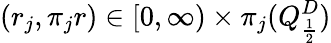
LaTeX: (r_{j},\pi_{j}r)\in[0,\infty)\times\pi_{j}(Q_{\frac{1}{2}}^{D})